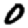
Digit: 0